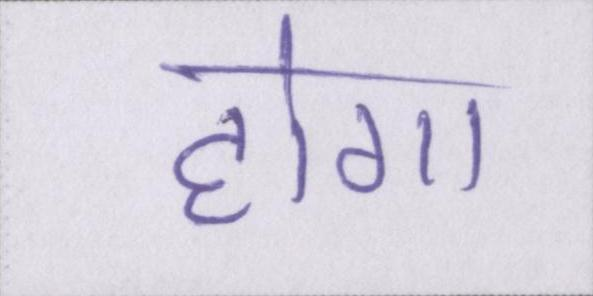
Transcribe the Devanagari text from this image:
होगा